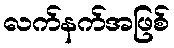
လက်နက်အဖြစ်